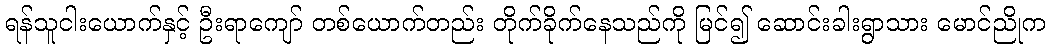
ရန်သူငါးယောက်နှင့် ဦးရာကျော် တစ်ယောက်တည်း တိုက်ခိုက်နေသည်ကို မြင်၍ ဆောင်းခါးရွာသား မောင်ညိုက